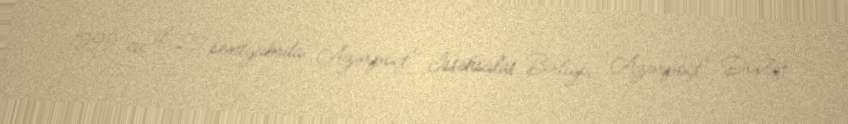
1999-cu il 29 sentyabrda "Azərpoçt" İstehsalat Birliyi, "Azərpoçt" Dövlət